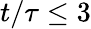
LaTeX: t/\tau\le 3